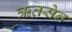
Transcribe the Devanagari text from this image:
ऋतसेन